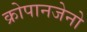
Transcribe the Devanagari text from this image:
क्रोपानजेनो